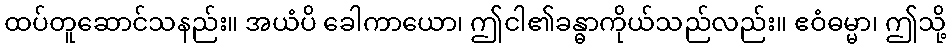
ထပ်တူဆောင်သနည်း။ အယံပိ ခေါကာယော၊ ဤငါ၏ခန္ဓာကိုယ်သည်လည်း။ ဧဝံဓမ္မာ၊ ဤသို့